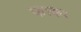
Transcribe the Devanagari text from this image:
फाका